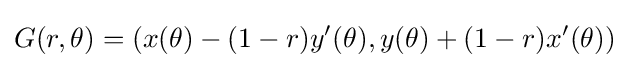
\displaystyle G(r,\theta )=(x(\theta )-(1-r)y^{\prime }(\theta ),y(\theta )+(1-r)x^{\prime }(\theta ))